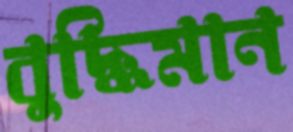
বুদ্ধিমান